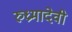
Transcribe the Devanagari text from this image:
रुध्रमादेवी